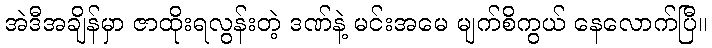
အဲဒီအချိန်မှာ ဇာထိုးရလွန်းတဲ့ ဒဏ်နဲ့ မင်းအမေ မျက်စိကွယ် နေလောက်ပြီ။